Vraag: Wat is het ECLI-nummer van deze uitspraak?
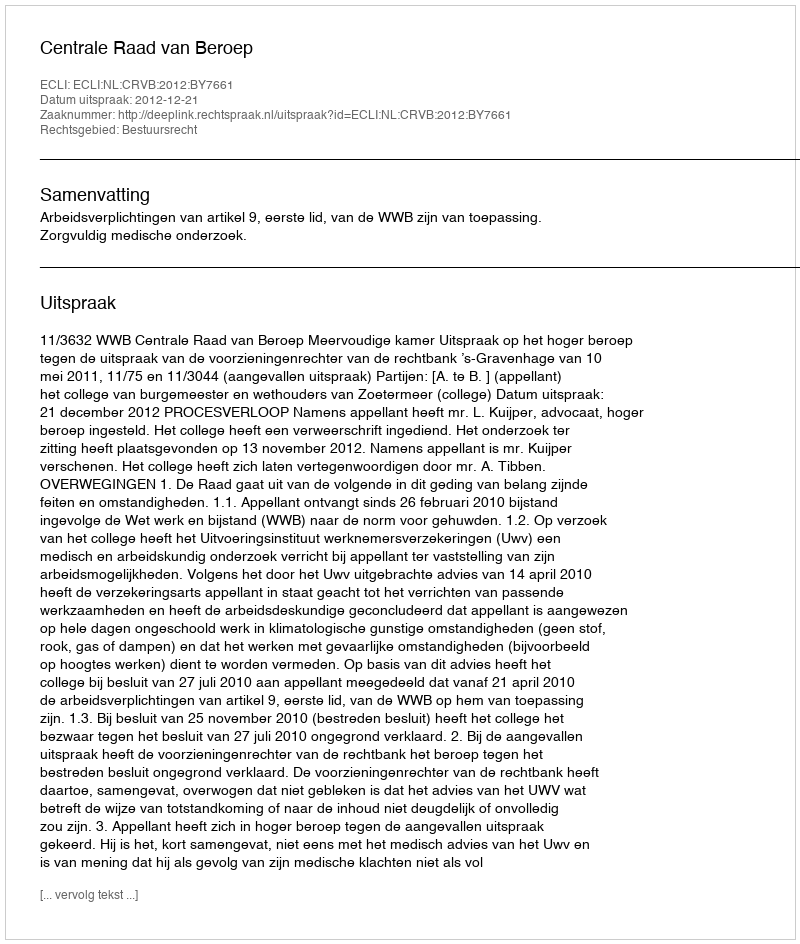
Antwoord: ECLI:NL:CRVB:2012:BY7661